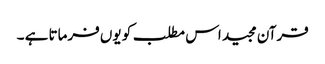
قرآن مجید اس مطلب کو یوں فرماتا ہے ۔